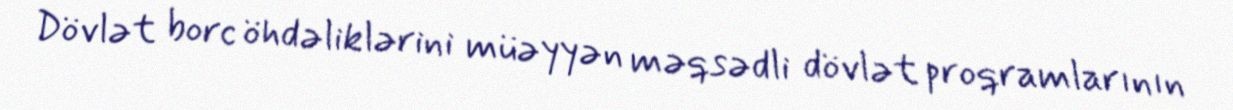
Dövlət borc öhdəliklərini müəyyən məqsədli dövlət proqramlarının